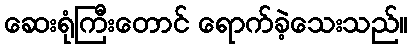
ဆေးရုံကြီးတောင် ရောက်ခဲ့သေးသည်။